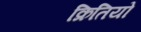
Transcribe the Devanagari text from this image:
क्रितियो